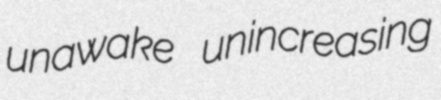
unawake unincreasing